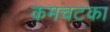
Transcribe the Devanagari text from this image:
कमचटका